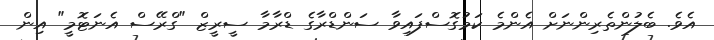
އެވެ. ބެލުންތެރިންނަށް އެންމެ ކަމުގޮސްފައިވާ ސަންޑްރާގެ ޑްރާމާ ސީރީޒް "ގްރޭސް އެނަޓޮމީ" އިން